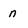
Character: n